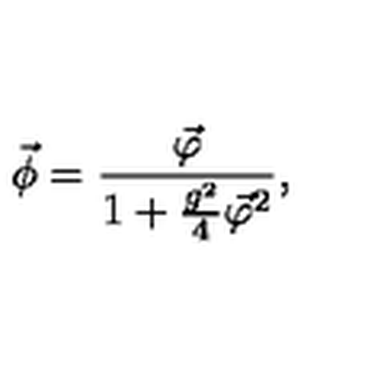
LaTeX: \vec { \phi } = \frac { \vec { \varphi } } { 1 + \frac { g ^ { 2 } } { 4 } { \vec { \varphi } } ^ { 2 } } ,